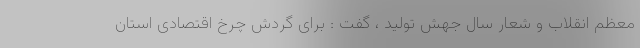
معظم انقلاب و شعار سال جهش تولید ، گفت : برای گردش چرخ اقتصادی استان